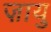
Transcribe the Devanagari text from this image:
ज़ायु